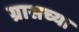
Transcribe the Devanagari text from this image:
ग्रासच्या